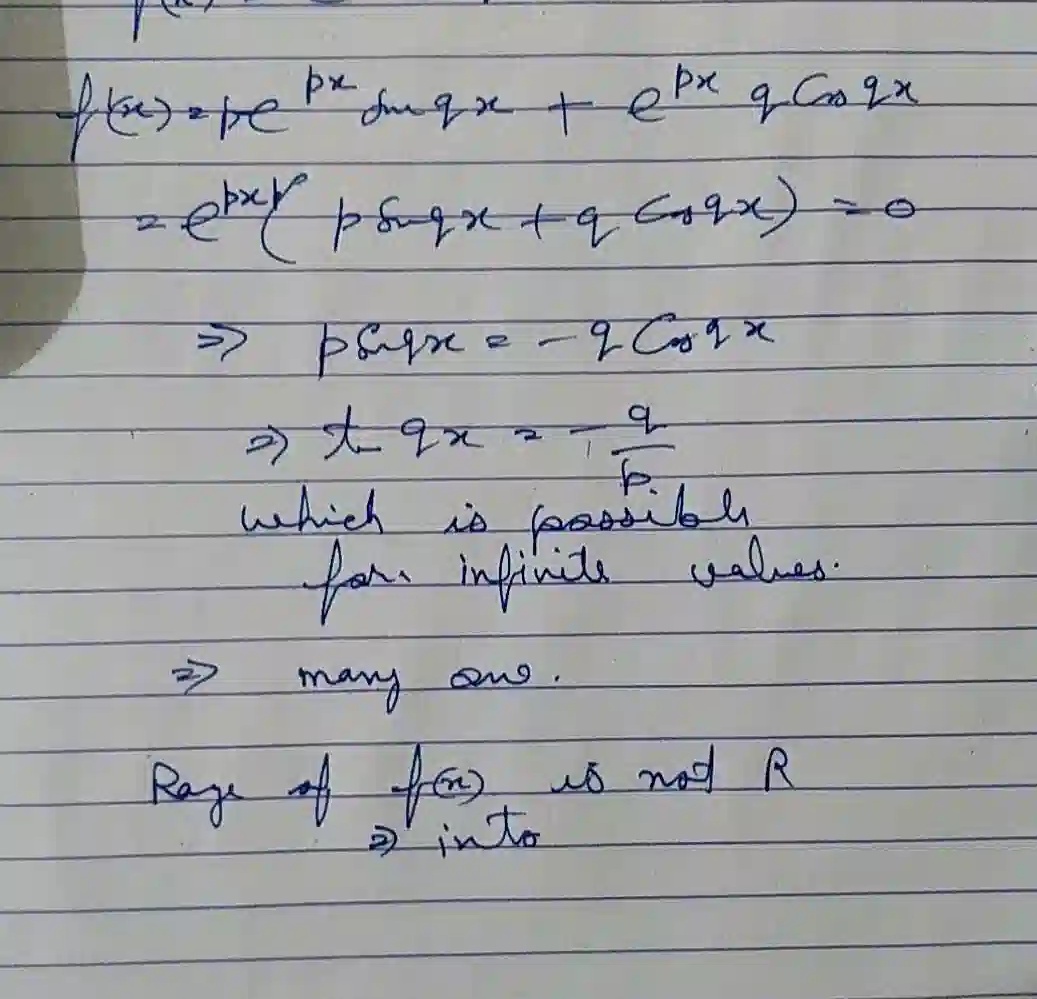
\[
\begin{align*}
f(x)&=pe^{px}\sin qx + e^{px}q\cos qx\\
&=e^{px}(p\sin qx+q\cos qx)=0\\
&\Rightarrow p\sin qx=-q\cos qx\\
&\Rightarrow \tan qx =-\frac{q}{p}\\
&\text{which is possibly for infinite values.}\\
&\Rightarrow \text{many sol.}\\
&\text{Range of }f(x)\text{ is not }\mathbb{R}\\
&\Rightarrow\text{ into}
\end{align*}
\]